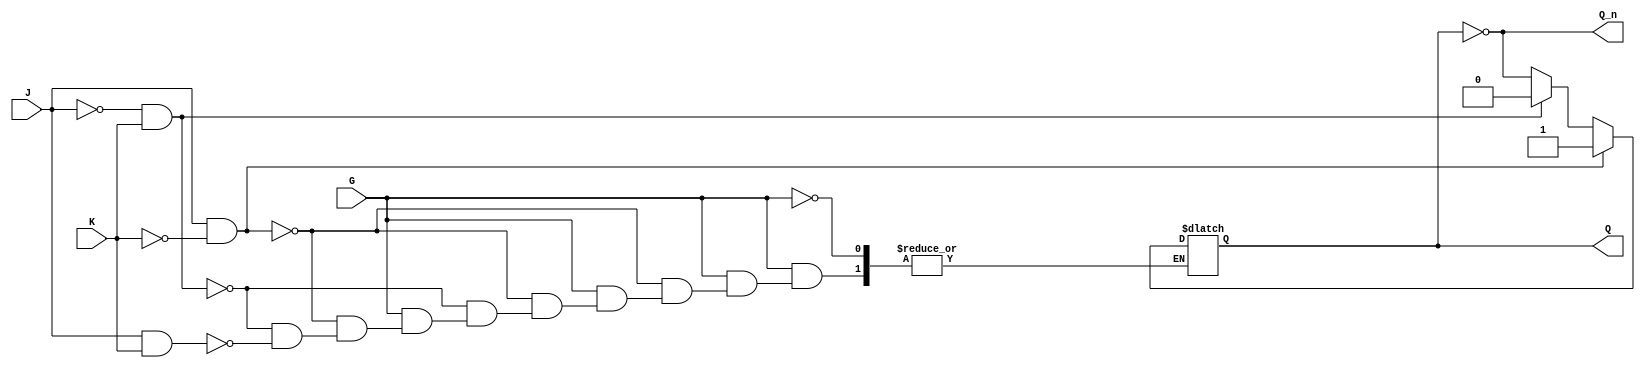
module GatedJKLatch (
    input wire J,      // Set input
    input wire K,      // Reset input
    input wire G,      // Gate input
    output reg Q,      // Output Q
    output wire Q_n    // Complement of Q (Q')
);

// Complement of Q
assign Q_n = ~Q;

always @(*) begin
    if (G) begin
        if (J && ~K) begin
            Q = 1'b1; // Set
        end else if (~J && K) begin
            Q = 1'b0; // Reset
        end else if (J && K) begin
            Q = ~Q;   // Toggle
        end
        // If J = 0 and K = 0, Q remains unchanged
    end
    // If G is low, Q retains its previous state
end

endmodule